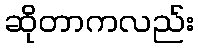
ဆိုတာကလည်း